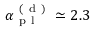
\alpha _ { \mathrm { ~ p ~ l ~ } } ^ { \mathrm { ~ ( ~ d ~ ) ~ } } \simeq 2 . 3